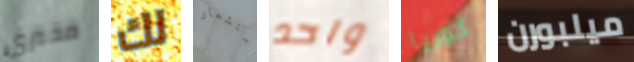
مخبري لك استشعار واحد كوريا ميلبورن